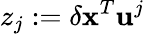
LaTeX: z_{j}:=\delta\mathbf{x}^{T}\mathbf{u}^{j}